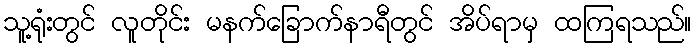
သူ့ရုံးတွင် လူတိုင်း မနက်ခြောက်နာရီတွင် အိပ်ရာမှ ထကြရသည်။